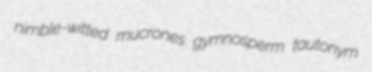
nimble-witted mucrones gymnosperm tautonym